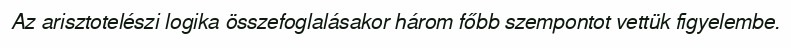
Az arisztotelészi logika összefoglalásakor három főbb szempontot vettük figyelembe.